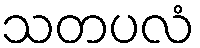
သတပလံ